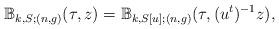
LaTeX: \begin{align*} \mathbb{B}_{k,S;(n,g)}(\tau,z) = \mathbb{B}_{k,S[u];(n,g)}(\tau, (u^t)^{-1} z),\end{align*}